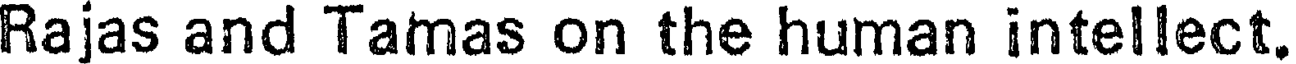
Rajas and Tamas on the human intellect.